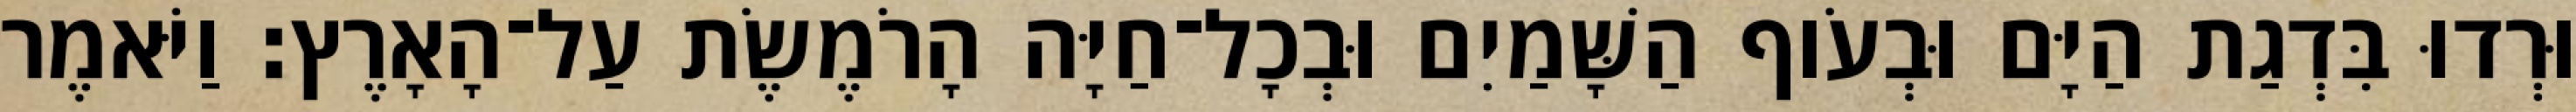
וּרְדוּ בִּדְגַת הַיָּם וּבְעֹוף הַשָּׁמַיִם וּבְכָל־חַיָּה הָרֹמֶשֶׂת עַל־הָאָרֶץ׃ וַיֹּאמֶר